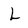
Character: L